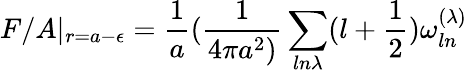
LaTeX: F/A|_{r=a-\epsilon}={\frac{1}{a}}({\frac{1}{4\pi a^{2})}}\sum_{ln\lambda}(l+{\frac{1}{2}})\omega_{ln}^{(\lambda)}